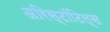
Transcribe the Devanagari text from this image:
अरिस्टॉटिल्स